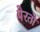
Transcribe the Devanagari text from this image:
पेरतो